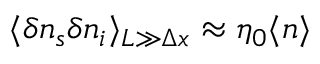
\langle \delta n _ { s } \delta n _ { i } \rangle _ { L \gg \Delta x } \approx \eta _ { 0 } \langle n \rangle